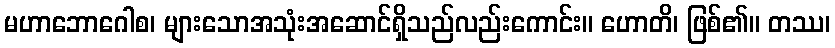
မဟာဘောဂေါစ၊ များသောအသုံးအဆောင်ရှိသည်လည်းကောင်း။ ဟောတိ၊ ဖြစ်၏။ တဿ၊